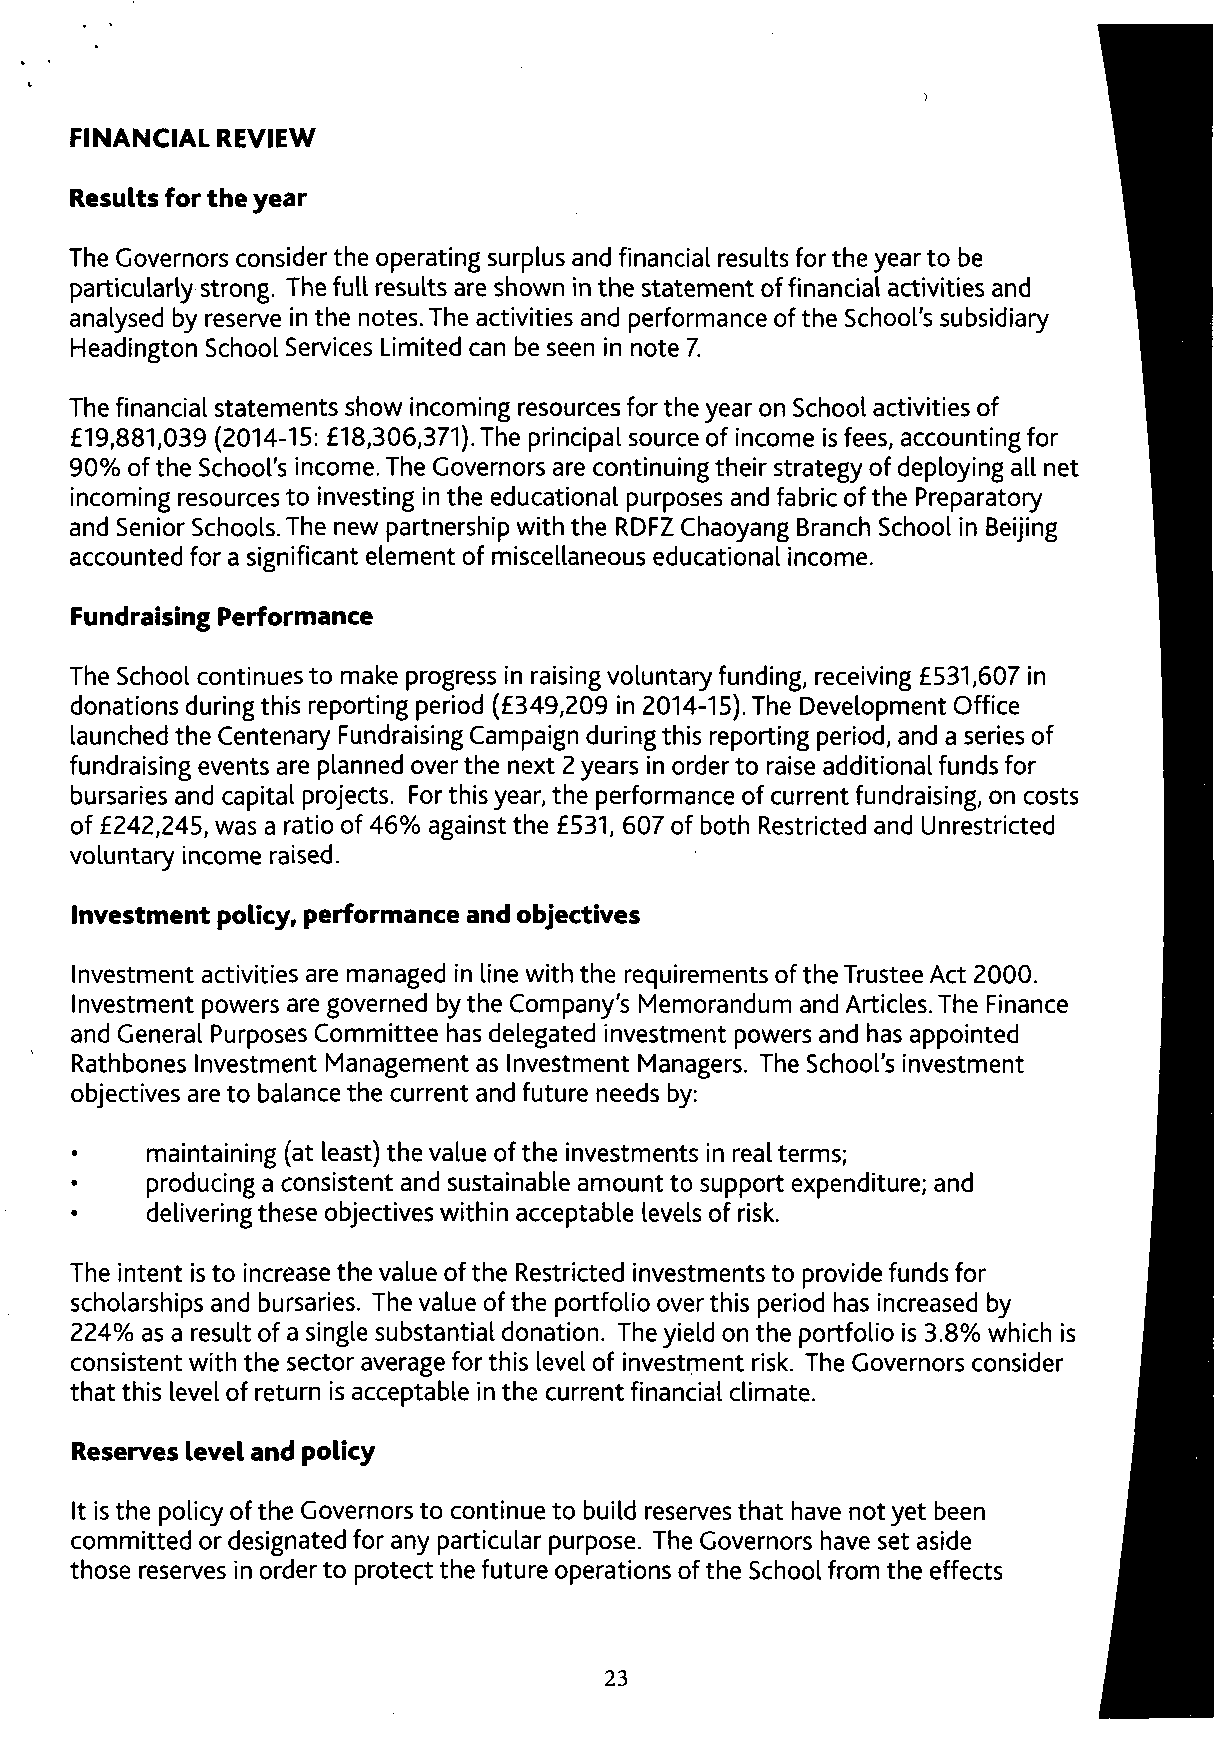
FINANCIAL REVIEW
 Results for the year
 The Governors consider the operating surplus and financial results for the year to be
 particularly strong. The full results are shown in the statement of financial activities and
 analysed by reserve in the notes. The activities and performance ofthe School's subsidiary
 Headington School Services Limited can be seen in note 7.
 The financial statements show incoming resources for the year on School activities of
 £19,881,039 (2014-15: £18,306,371). The principal source of income is fees, accounting for
 90% of the School's income. The Governors are continuing their strategy of deploying all net
 incoming resources to investing in the educational purposes and fabric ofthe Preparatory
 and Senior Schools. The new partnership with the RDFZ Chaoyang Branch School in Beijing
 accounted for a significant element of miscellaneous educational income.
 Fundraising Performance
 The School continues to make progress in raising voluntary funding, receiving £531,607 in
 donations during this reporting period (£349,209 in 2014-15). The Development Office
 launched the Centenary Fundraising Campaign during this reporting period, and a series of
 fundraising events are planned over the next 2 years in order to raise additional funds for
 bursaries and capital projects. For this year, the performance of current fundraising, on costs
 of £242,245, was a ratio of 46% against the £531, 607 of both Restricted and Unrestricted
 voluntary income raised.
 Investment policy, performance and objectives
 Investment activities are managed in line with the requirements of the Trustee Act 2000.
 Investment powers are governed by the Company's Memorandum and Articles. The Finance
 and General Purposes Committee has delegated investment powers and has appointed
 Rathbones Investment Management as Investment Managers. The School's investment
 objectives are to balance the current and future needs by:
 maintaining (at least) the value of the investments in real terms;
 producing a consistent and sustainable amount to support expenditure; and
 delivering these objectives within acceptable levels of risk.
 The intent is to increase the value ofthe Restricted investments to provide funds for
 scholarships and bursaries. The value ofthe portfolio over this period has increased by
 224% as a result of a single substantial donation. The yield on the portfolio is 3.8% which is
 consistent with the sector average for this level of investment risk. The Governors consider
 that this level of return is acceptable in the current financial climate.
 Reserves level and policy
 It is the policy ofthe Governors to continue to build reserves that have not yet been
 committed or designated for any particular purpose. The Governors have set aside
 those reserves in order to protect the future operations of the School from the effects
 23